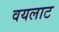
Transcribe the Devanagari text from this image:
वयलाट